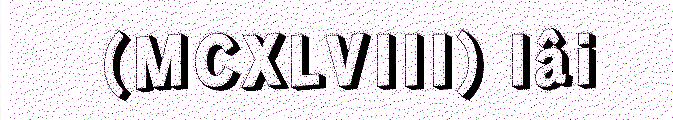
(MCXLVIII) lâi